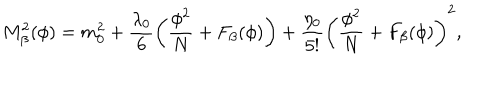
M _ { \beta } ^ { 2 } ( \phi ) = m _ { 0 } ^ { 2 } + \frac { \lambda _ { 0 } } { 6 } \left( \frac { \phi ^ { 2 } } { N } + F _ { \beta } ( \phi ) \right) + \frac { \eta _ { 0 } } { 5 ! } \left( \frac { \phi ^ { 2 } } { N } + F _ { \beta } ( \phi ) \right) ^ { 2 } ,